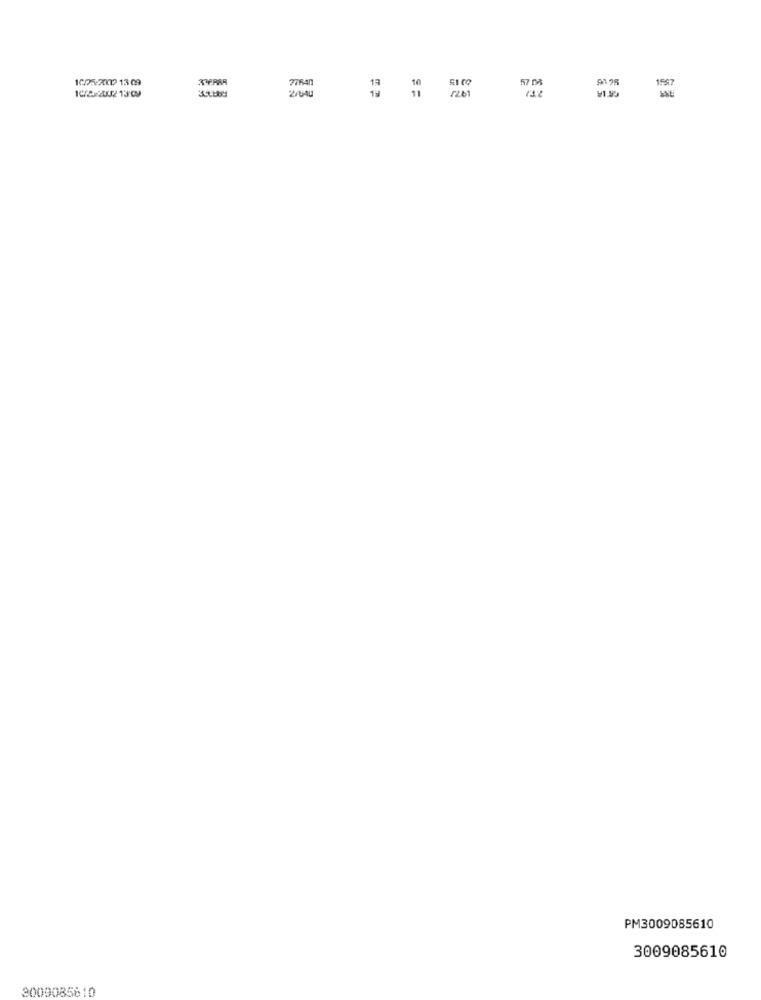
1005-2007 13 09
77841
10/2/220213:09
57 0%
157
2/UAU
1 1 /201
PM3009085610
3009085610
3009085810